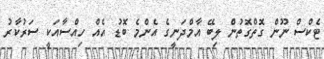
ޓެކްސް ނޫން ގޮތްގޮތުން ލިބޭ އާމްދަނީގެ އެންމެ ބޮޑު އެއް ހިއްސާއަކީ ސަރުކާރު